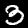
Digit: 3